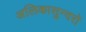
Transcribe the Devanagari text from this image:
अलिकासुन्दरो